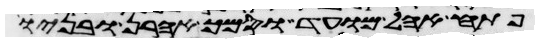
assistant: פתח אהל מועד וסמך אהרן ובניו